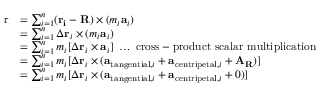
{ \begin{array} { r l } { { \boldsymbol { \tau } } } & { = \sum _ { i = 1 } ^ { n } ( \mathbf { r _ { i } } - \mathbf { R } ) \times ( m _ { i } \mathbf { a } _ { i } ) } \\ & { = \sum _ { i = 1 } ^ { n } \Delta \mathbf { r } _ { i } \times ( m _ { i } \mathbf { a } _ { i } ) } \\ & { = \sum _ { i = 1 } ^ { n } m _ { i } [ \Delta \mathbf { r } _ { i } \times \mathbf { a } _ { i } ] \; \ldots { \mathrm { ~ c r o s s - p r o d u c t ~ s c a l a r ~ m u l t i p l i c a t i o n } } } \\ & { = \sum _ { i = 1 } ^ { n } m _ { i } [ \Delta \mathbf { r } _ { i } \times ( \mathbf { a } _ { { \mathrm { t a n g e n t i a l } } , i } + \mathbf { a } _ { { \mathrm { c e n t r i p e t a l } } , i } + \mathbf { A } _ { \mathbf { R } } ) ] } \\ & { = \sum _ { i = 1 } ^ { n } m _ { i } [ \Delta \mathbf { r } _ { i } \times ( \mathbf { a } _ { { \mathrm { t a n g e n t i a l } } , i } + \mathbf { a } _ { { \mathrm { c e n t r i p e t a l } } , i } + 0 ) ] } \end{array} }